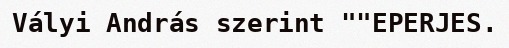
Vályi András szerint ""EPERJES.